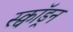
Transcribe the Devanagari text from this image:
स्क्वाॅड्रन